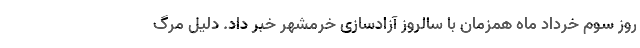
روز سوم خرداد ماه همزمان با سالروز آزادسازی خرمشهر خبر داد. دلیل مرگ